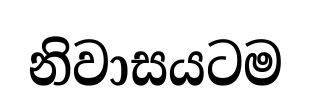
නිවාසයටම